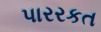
પારરકત